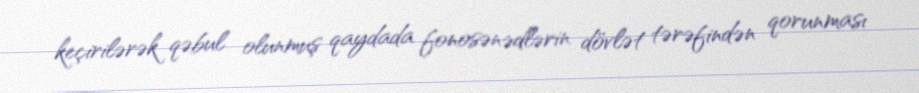
keçirilərək qəbul olunmuş qaydada fonosənədlərin dövlət tərəfindən qorunması